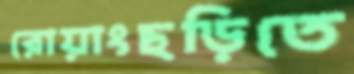
রোয়াংছড়িতে